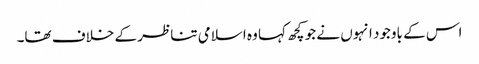
اس کے باوجود انہوں نے جو کچھ کہا وہ اسلامی تناظر کے خلاف تھا۔